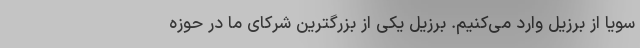
سویا از برزیل وارد می‌کنیم. برزیل یکی از بزرگترین شرکای ما در حوزه